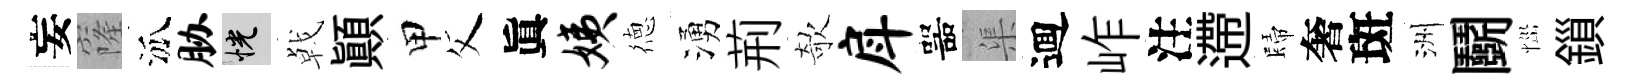
妄窿泒胁恍㦸顚甲父眞姨徳湧荊欹戽噐渠逥岞注遰歸奢斑洲鬬𢙉鎻